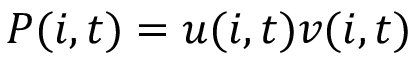
P ( i , t ) = u ( i , t ) v ( i , t )